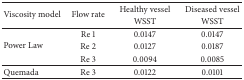
<table><thead><tr><td rowspan="2"><b>Viscosity model</b></td><td rowspan="2"><b>Flow rate</b></td><td><b>Healthy vessel</b></td><td><b>Diseased vessel</b></td></tr><tr><td><b>WSST </b></td><td><b>WSST </b></td></tr></thead><tbody><tr><td rowspan="3">Power Law</td><td>Re 1</td><td>0.0147</td><td>0.0147</td></tr><tr><td>Re 2</td><td>0.0127</td><td>0.0187</td></tr><tr><td>Re 3</td><td>0.0094</td><td>0.0085</td></tr><tr><td>Quemada</td><td>Re 3</td><td>0.0122</td><td>0.0101</td></tr></tbody></table>